Trukikaitis_Postimees, lk 31
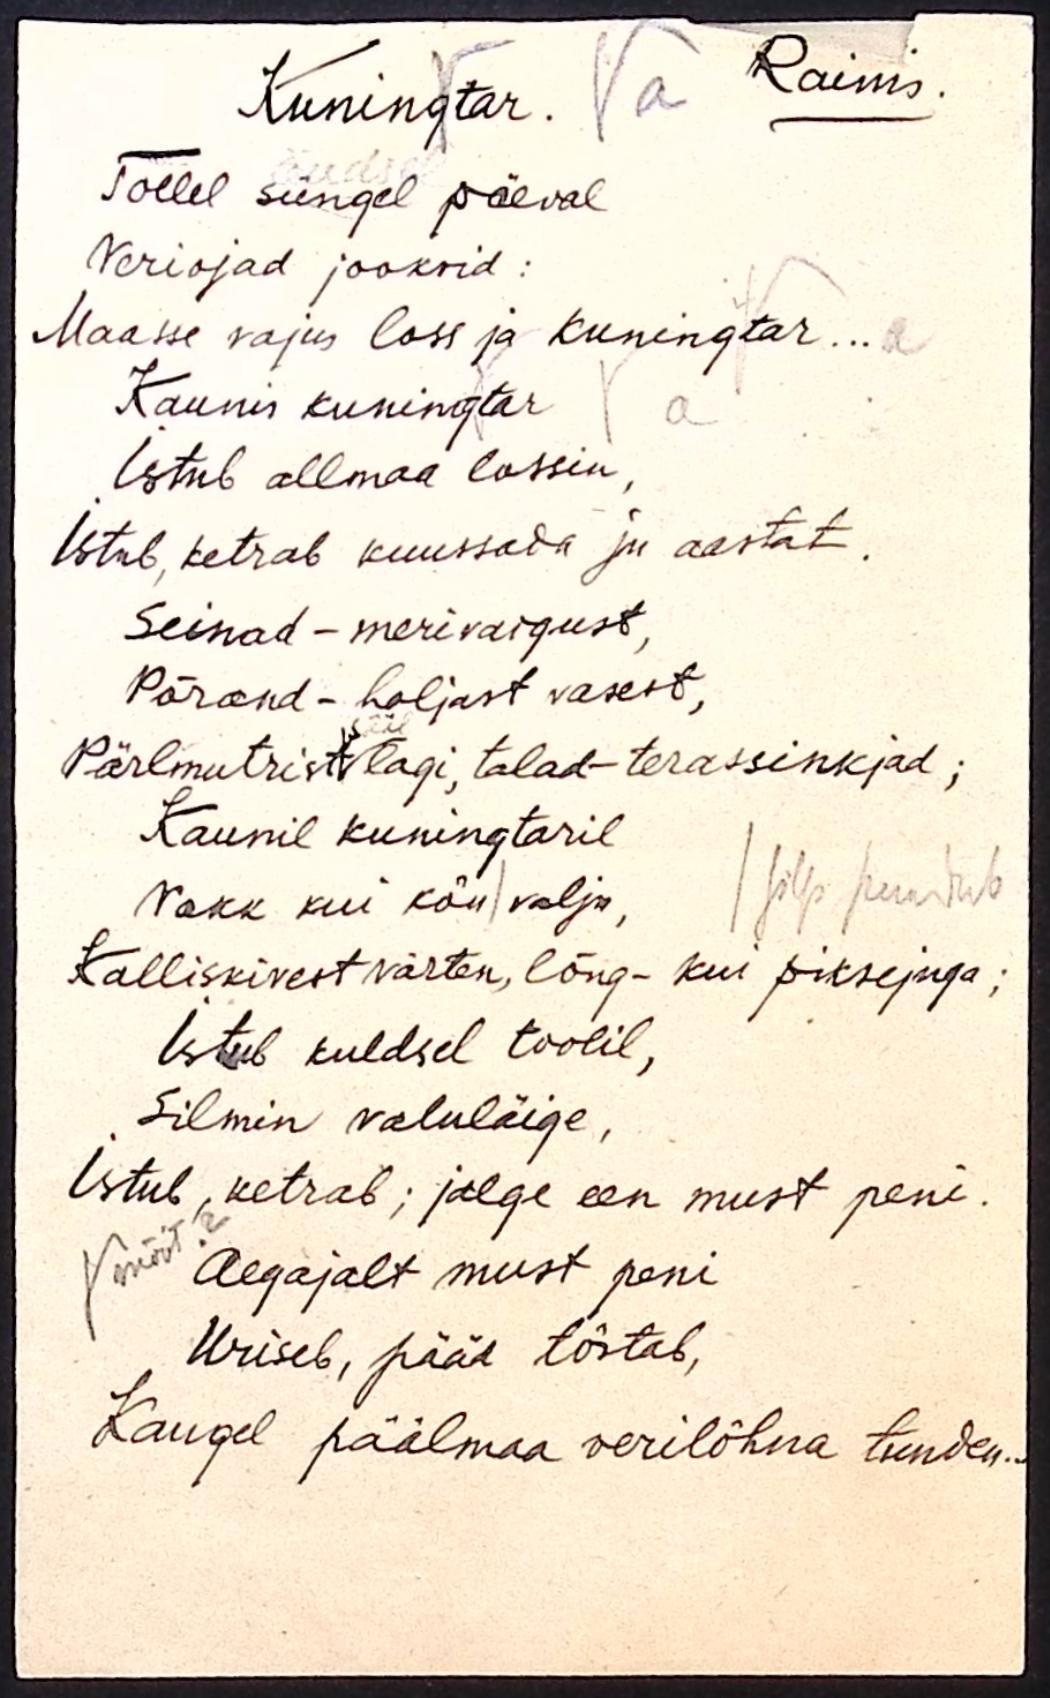
Kuningtar.
V a
Rainis.
Tollel süngel päeval
Veriojad jooksid:
Maasse vajus loss ja kuningtar... a
Kaunis kuningtar V a
Istub allmaa lossin,
Istub, ketrab kuussada ju aastat.
Seinad - merivaigust,
Põrand - haljast vasest,
sääl
Pärlmutrist lagi, talad - terassinkjad;
Kaunil kuningtaril
Vokk kui kõu valju,
/ silp puudub
Kalliskivest värten, lõng - kui piksejuga;
Istub kuldsel toolil,
Silmin valuläige,
Istub, ketrab; jalge een must peni.
V mõõt?
Aegajalt must peni
Uriseb, pääd tõstab,
Kaugel päälmaa verilõhna tunden.-